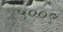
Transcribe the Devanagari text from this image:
५००९